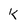
Character: K